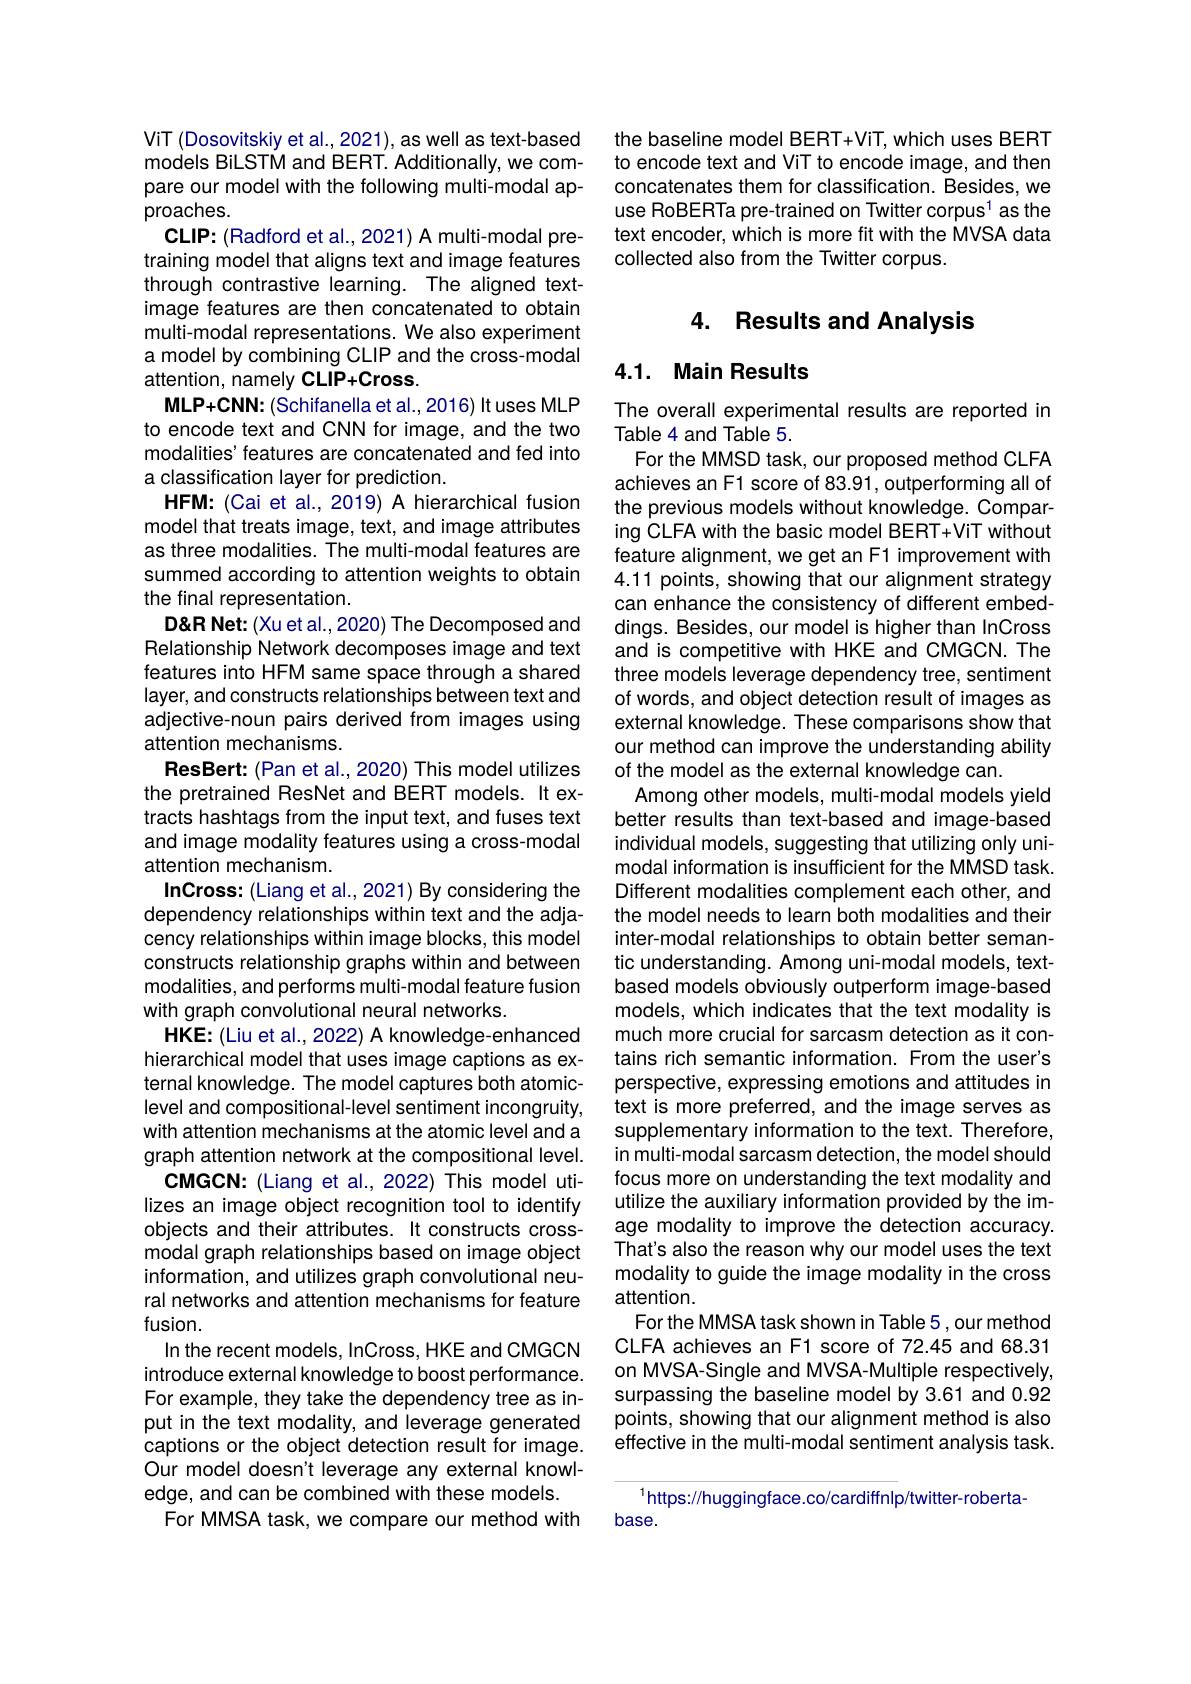
ViT (Dosovitskiy et al., 2021), as well as text-based models BiLSTM and BERT. Additionally, we compare our model with the following multi-modal approaches.
CLIP: (Radford et al., 2021) A multi-modal pretraining model that aligns text and image features through contrastive learning. The aligned textimage features are then concatenated to obtain multi-modal representations. We also experiment a model by combining CLIP and the cross-modal attention, namely CLIP+Cross
MLP+CNN: (Schifanella et al., 2016) It uses MLP to encode text and CNN for image, and the two modalities' features are concatenated and fed into a classification layer for prediction.
HFM: (Cai et al., 2019) A hierarchical fusion model that treats image, text, and image attributes as three modalities. The multi-modal features are summed according to attention weights to obtain the final representation.
D' Net: (Xu et al., 2020) The Decomposed and Relationship Network decomposes image and text features into HFM same space through a shared layer, and constructs relationships between text and adjective-noun pairs derived from images using attention mechanisms.
ResBert: (Pan et al., 2020) This model utilizes the pretrained ResNet and BERT models. It extracts hashtags from the input text, and fuses text and image modality features using a cross-modal attention mechanism.
InCross: (Liang et al., 2021) By considering the dependency relationships within text and the adjacency relationships within image blocks, this model constructs relationship graphs within and between modalities, and performs multi-modal feature fusion with graph convolutional neural networks.
HKE: (Liu et al., 2022) A knowledge- enhanced hierarchical model that uses image captions as external knowledge. The model captures both atomiclevel and compositional-level sentiment incongruity, with attention mechanisms at the atomic level and a graph attention network at the compositional level.
CMGCN: (Liang et al., 2022) This model utilizes an image object recognition tool to identify objects and their attributes. It constructs crossmodal graph relationships based on image object information, and utilizes graph convolutional neural networks and attention mechanisms for feature fusion.
In the recent models, InCross, HKE and CMGCN introduce external knowledge to boost performance. For example, they take the dependency tree as input in the text modality, and leverage generated captions or the object detection result for image. Our model doesn't leverage any external knowledge, and can be combined with these models.
For MMSA task, we compare our method with

the baseline model BERT+ViT, which uses BERT to encode text and ViT to encode image, and then concatenates them for classification. Besides, we use RoBERTa pre-trained on Twitter corpus$^{1}$ as the text encoder, which is more fit with the MVSA data collected also from the Twitter corpus.

## 4. Results and Analysis

## 4.1. Main Results

The overall experimental results are reported in
Table 4 and Table 5.
For the MMSD task, our proposed method CLFA achieves an F1 score of 83.91, outperforming all of the previous models without knowledge. Comparing CLFA with the basic model BERT+ViT without feature alignment, we get an F1 improvement with 4.11 points, showing that our alignment strategy can enhance the consistency of different embeddings. Besides, our model is higher than InCross and is competitive with HKE and CMGCN. The three models leverage dependency tree, sentiment of words, and object detection result of images as external knowledge. These comparisons show that our method can improve the understanding ability of the model as the external knowledge can.
Among other models, multi-modal models yield better results than text-based and image-based individual models, suggesting that utilizing only unimodal information is insufficient for the MMSD task. Different modalities complement each other, and the model needs to learn both modalities and their inter-modal relationships to obtain better semantic understanding. Among uni-modal models, textbased models obviously outperform image-based models, which indicates that the text modality is much more crucial for sarcasm detection as it contains rich semantic information. From the user's perspective, expressing emotions and attitudes in text is more preferred, and the image serves as supplementary information to the text. Therefore, in multi-modal sarcasm detection, the model should focus more on understanding the text modality and utilize the auxiliary information provided by the image modality to improve the detection accuracy. That's also the reason why our model uses the text modality to guide the image modality in the cross attention.
For the MMSA task shown in Table 5 , our method CLFA achieves an F1 score of 72.45 and 68.31 on MVSA- Single and MVSA- Multiple respectively, surpassing the baseline model by 3.61 and 0.92 points, showing that our alignment method is also effective in the multi-modal sentiment analysis task.

$^{1}$https://huggingface.co/cardiffnlp/twitter-roberta-
base.